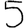
Digit: 5